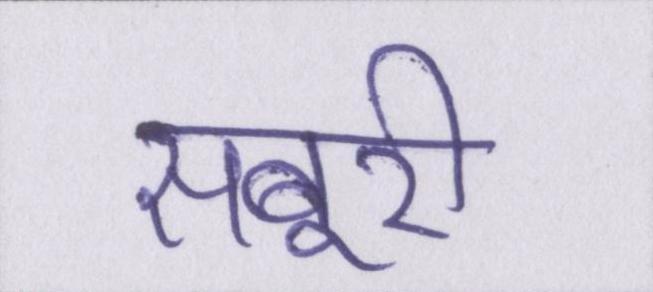
सबूरी